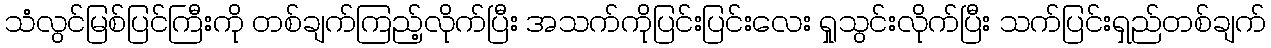
သံလွင်မြစ်ပြင်ကြီးကို တစ်ချက်ကြည့်လိုက်ပြီး အသက်ကိုပြင်းပြင်းလေး ရှုသွင်းလိုက်ပြီး သက်ပြင်းရှည်တစ်ချက်